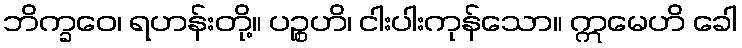
ဘိက္ခဝေ၊ ရဟန်းတို့။ ပဉ္စဟိ၊ ငါးပါးကုန်သော။ ဣမေဟိ ခေါ